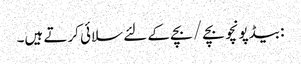
: بیڈپونچو بچے / بچے کے لئے سلائی کرتے ہیں۔